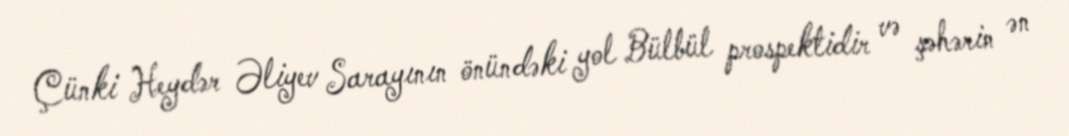
Çünki Heydər Əliyev Sarayının önündəki yol Bülbül prospektidir və şəhərin ən